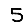
Digit: 5